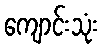
ကျောင်းသုံး